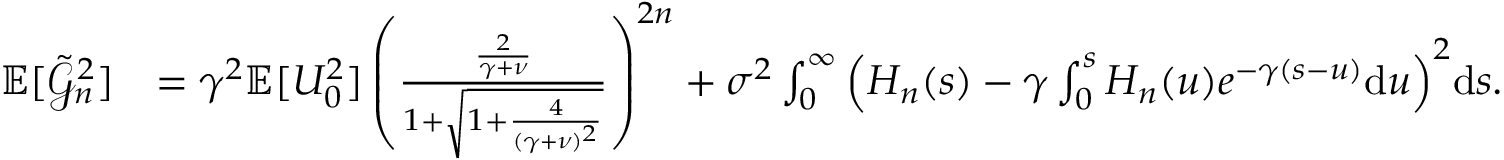
\begin{array} { r l } { \mathbb { E } [ \tilde { \mathcal { G } } _ { n } ^ { 2 } ] } & { = \gamma ^ { 2 } \mathbb { E } [ U _ { 0 } ^ { 2 } ] \left( \frac { \frac { 2 } { \gamma + \nu } } { 1 + \sqrt { 1 + \frac { 4 } { ( \gamma + \nu ) ^ { 2 } } } } \right) ^ { 2 n } + \sigma ^ { 2 } \int _ { 0 } ^ { \infty } \Big ( H _ { n } ( s ) - \gamma \int _ { 0 } ^ { s } H _ { n } ( u ) e ^ { - \gamma ( s - u ) } \mathrm { d } u \Big ) ^ { 2 } \mathrm { d } s . } \end{array}